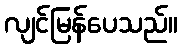
လျင်မြန်ပေသည်။